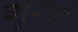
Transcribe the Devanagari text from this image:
गुर्रा